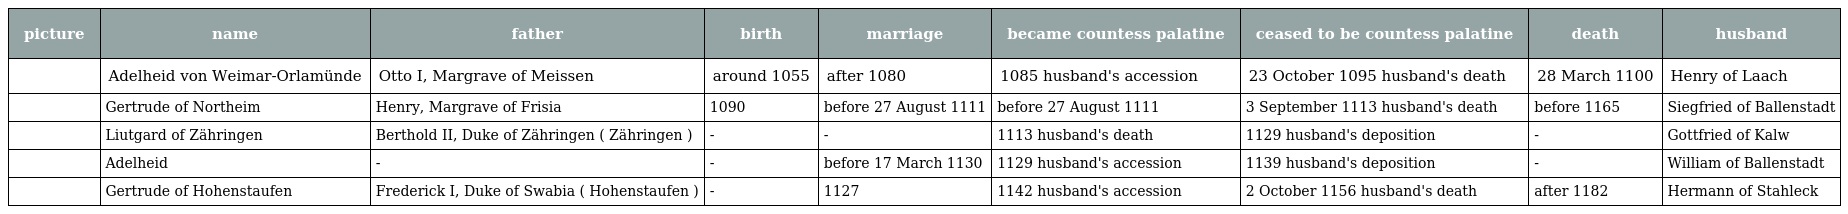
| picture | name | father | birth | marriage | became countess palatine | ceased to be countess palatine | death | husband |
 | --- | --- | --- | --- | --- | --- | --- | --- | --- |
 |  | Adelheid von Weimar-Orlamünde | Otto I, Margrave of Meissen | around 1055 | after 1080 | 1085 husband's accession | 23 October 1095 husband's death | 28 March 1100 | Henry of Laach |
 |  | Gertrude of Northeim | Henry, Margrave of Frisia | 1090 | before 27 August 1111 | before 27 August 1111 | 3 September 1113 husband's death | before 1165 | Siegfried of Ballenstadt |
 |  | Liutgard of Zähringen | Berthold II, Duke of Zähringen ( Zähringen ) | - | - | 1113 husband's death | 1129 husband's deposition | - | Gottfried of Kalw |
 |  | Adelheid | - | - | before 17 March 1130 | 1129 husband's accession | 1139 husband's deposition | - | William of Ballenstadt |
 |  | Gertrude of Hohenstaufen | Frederick I, Duke of Swabia ( Hohenstaufen ) | - | 1127 | 1142 husband's accession | 2 October 1156 husband's death | after 1182 | Hermann of Stahleck |